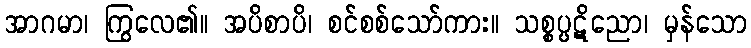
အာဂမာ၊ ကြွလေ၏။ အပိစာပိ၊ စင်စစ်သော်ကား။ သစ္စပ္ပဋိညော၊ မှန်သော